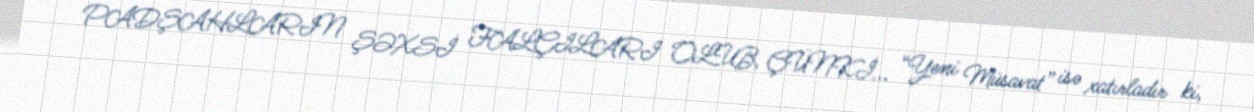
PADŞAHLARIN ŞƏXSİ FALÇILARI OLUB, ÇÜNKİ... “Yeni Müsavat” isə xatırladır ki,